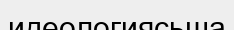
идеологиясьша